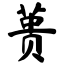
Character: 蒉